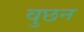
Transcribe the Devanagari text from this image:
वुछन